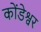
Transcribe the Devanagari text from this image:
कोंडेश्वर